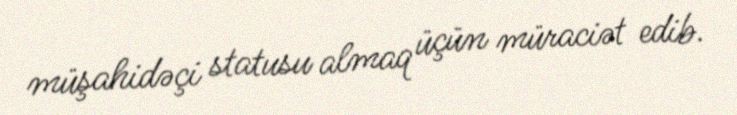
müşahidəçi statusu almaq üçün müraciət edib.